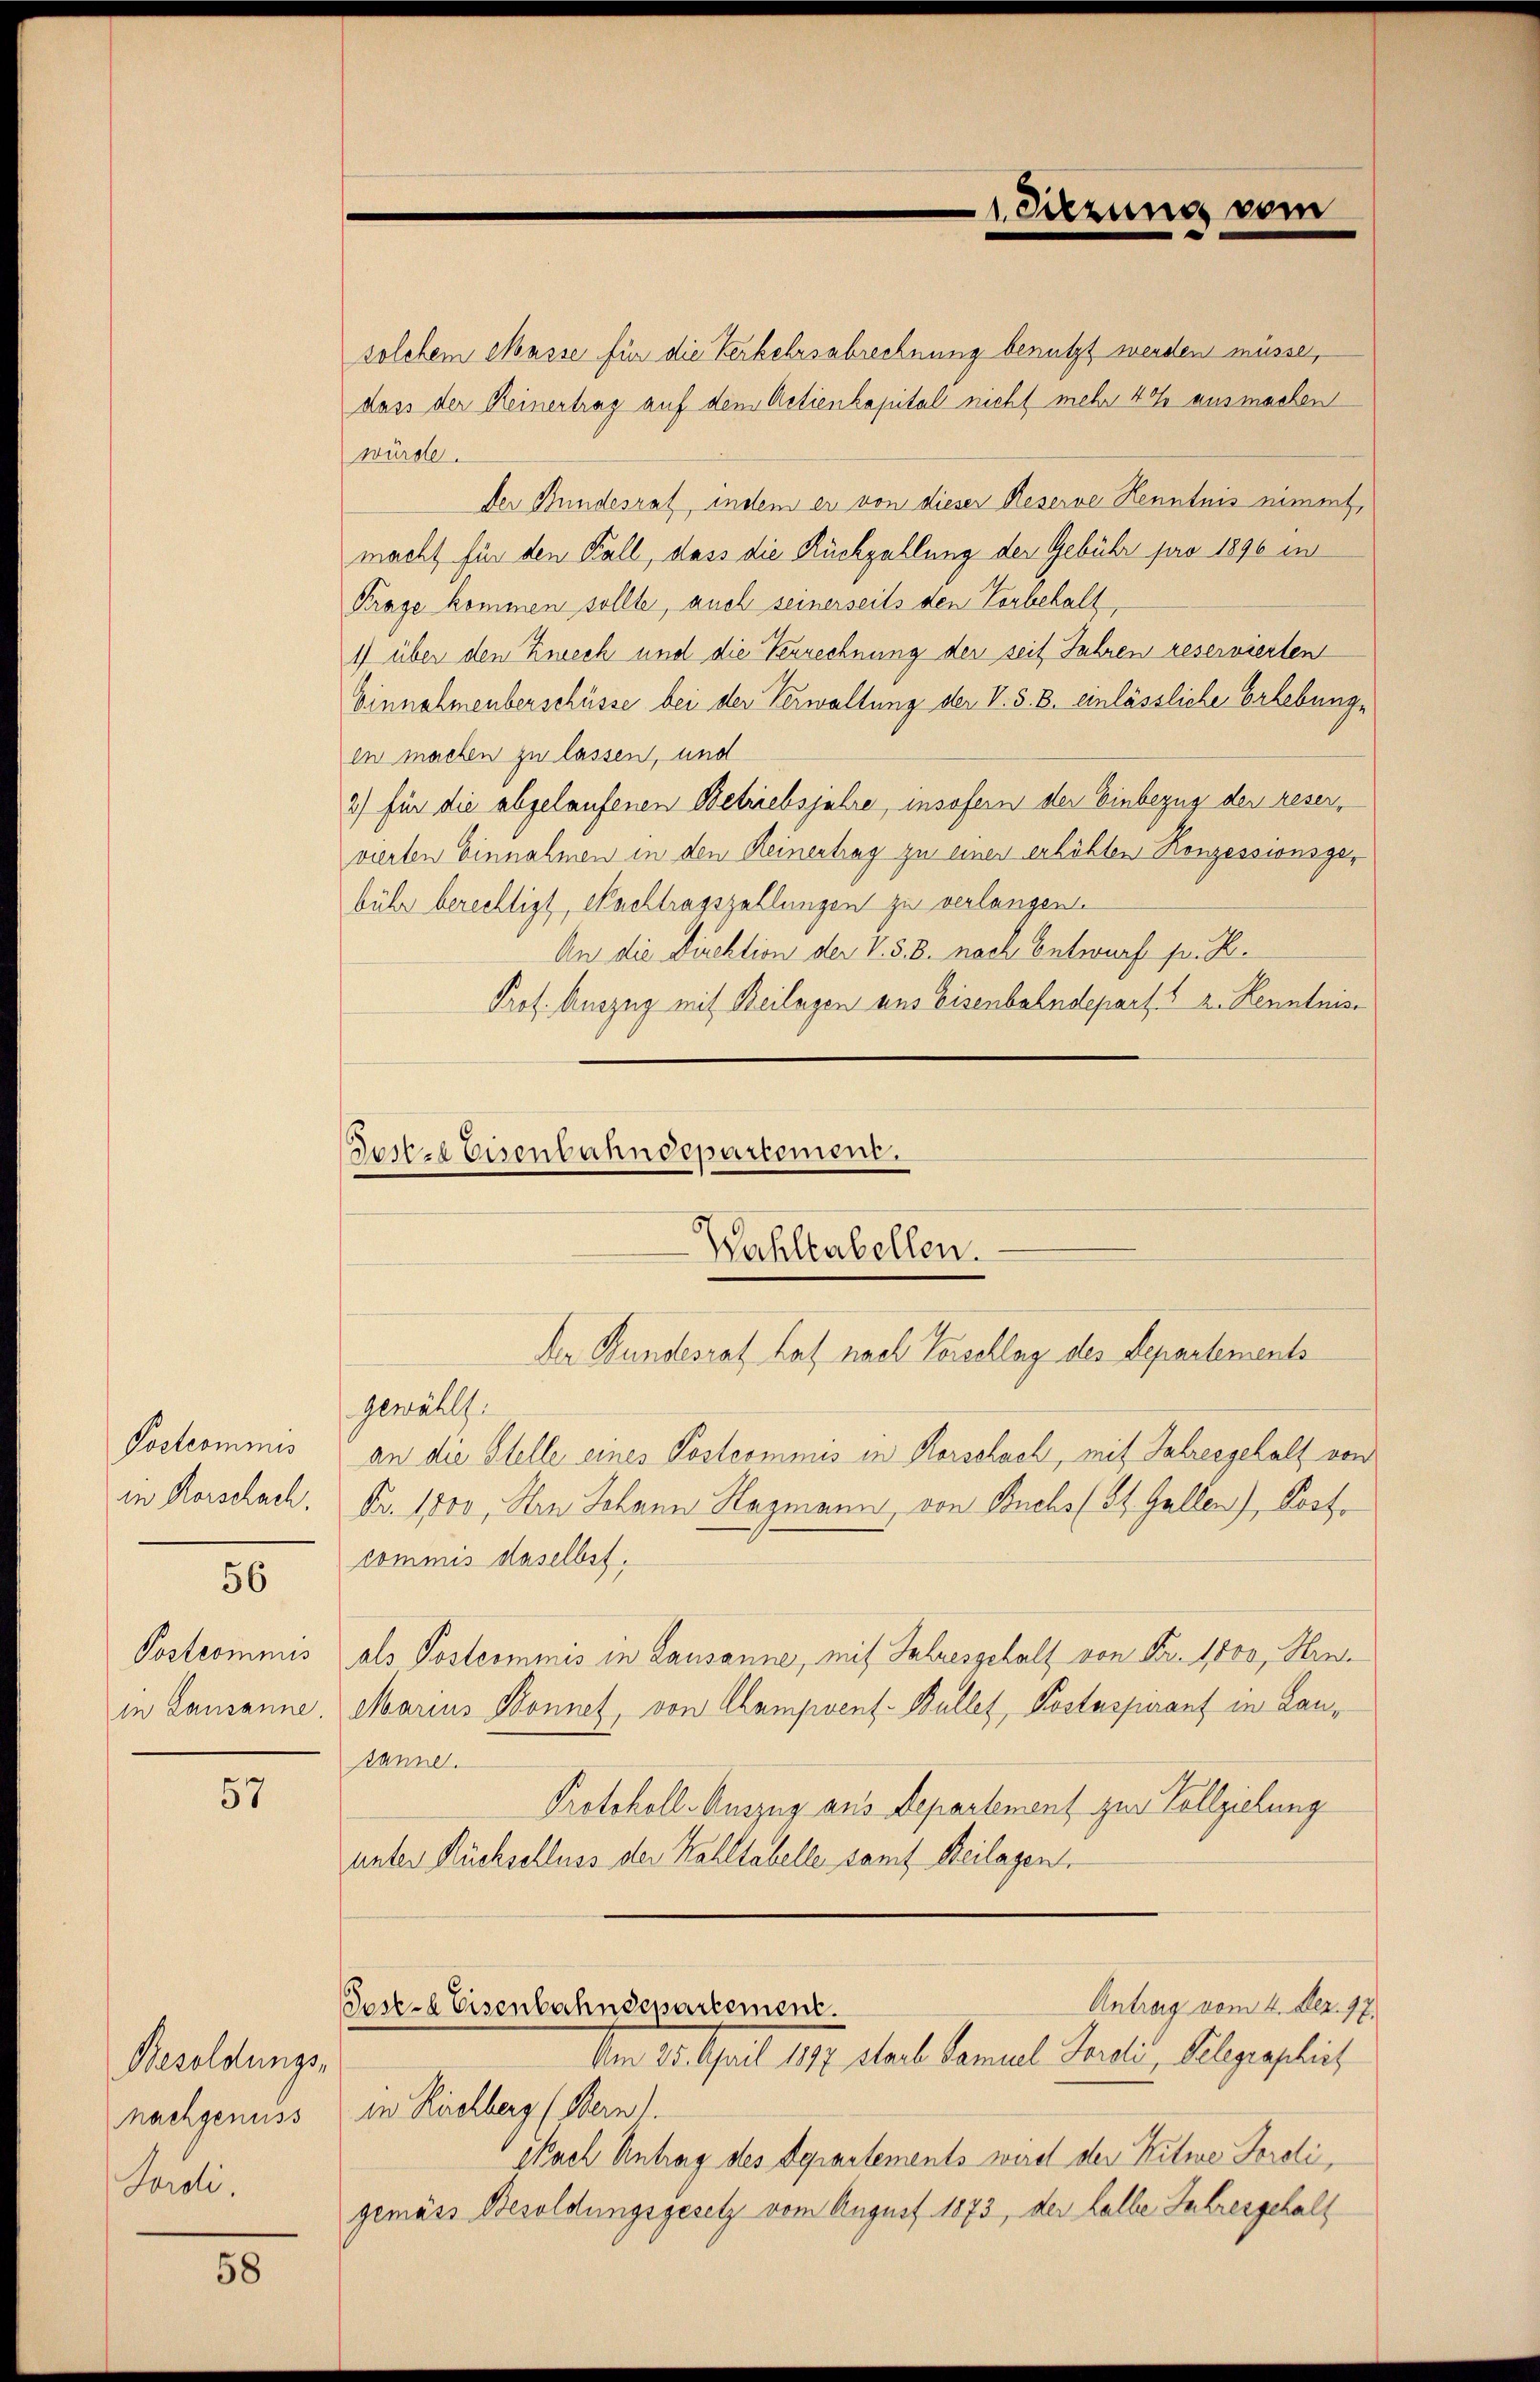
Postcommis
in Rorschach.

56

57

Besoldungs-
nachgenuss
Spieli.

58

solchem Masse für die Verkehrsabrechnung benutzt werden müsse,
dass der Reinertrag auf dem Actienkapital nicht mehr 40 ausmachen
würde.
Der Bundesrat, indem er von dieser Reserve Kenntnis nimmt,
macht für den Fall, dass die Rückzahlung der Gebühr pro 1896 in
Frage kommen sollte, auch seinerseits den Vorbehalt,
1) über den Zweck und die Verrechnung der seit Jahren reservierten
Einnahmenberschüsse bei der Verwaltung der V. S. B. einlässliche Erhebunge
in machen zu lassen, und
2) für die abgelaufenen Betriebsjahre, insofern der Einbezug der reservierten Einnahmen in den Reinertrag zu einer erhöhten Konzessionsgebühr berechtigt, Nachtragszellungen zu verlangen.
An die Direktion der V. §. 8. nach Entwurf pr. K.
Prof. Auszug mit Beilagen aus Eisenbahndepart. 1 2. Kenntnis¬

1. Sitzung vom

Josze Eisenbahndepartement.
Wahlenbellen.
Der Bundesrat hat nach Vorschlag des Departements

gewählt.
an die Stelle eines Postcommis in Horschach, mit Jahresgehalt von
Fr. 1000, Hrn Johann Hagmann, von Buchs (St. Gallen), Kostcommis daselbst.
Postcommis als Postcommis in Lausanne, mit Jahresgehalt von Fr. 1000, Hrn.
in Lausanne. Marius Bonnet, von Champvent-Bullet, Postaspirant in Lantanne.
Protokoll- Auszug aus Departement zur Vollziehung
unter Rückschluss der Kohltabelle samt Beilagen
Antrag vom 4. Dez. 97.
est. Eisenbahndepartement.
Am 25. April 1897 starb Samuel Torali, Gelegraphist
in Ruchberg (Bern.
Nach Antrag des Departements wird den Kitwe Jordigemäss Besoldungsgesetz vom August 1873, der halbe Jahresgehalt